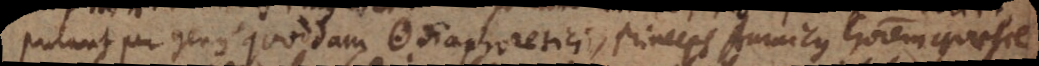
putant per genus quoddam ☉ diaphoretici, princeps Amaicus honorem quaesie-